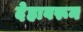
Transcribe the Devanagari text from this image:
देहावरून